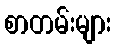
စာတမ်းများ